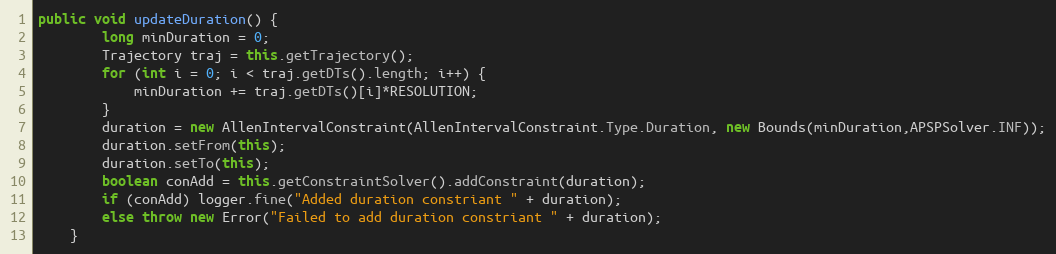
Language: Java
public void updateDuration() {
		long minDuration = 0;
		Trajectory traj = this.getTrajectory();
		for (int i = 0; i < traj.getDTs().length; i++) {
			minDuration += traj.getDTs()[i]*RESOLUTION;
		}
		duration = new AllenIntervalConstraint(AllenIntervalConstraint.Type.Duration, new Bounds(minDuration,APSPSolver.INF));
		duration.setFrom(this);
		duration.setTo(this);
		boolean conAdd = this.getConstraintSolver().addConstraint(duration);
		if (conAdd) logger.fine("Added duration constriant " + duration);
		else throw new Error("Failed to add duration constriant " + duration);
	}